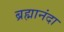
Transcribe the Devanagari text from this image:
ब्रह्मानंदा